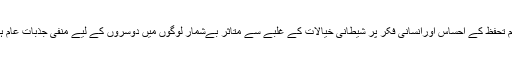
عدم تحفظ کے احساس اورانسانی فکر پر شیطانی خیالات کے غلبے سے متاثر بےشمار لوگوں میں دوسروں کے لیے منفی جذبات عام ہیں۔